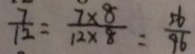
\frac { 7 } { 1 2 } = \frac { 7 \times 8 } { 1 2 \times 8 } = \frac { 5 6 } { 9 6 }